Scottish Leaving Certificate Examination, 1956
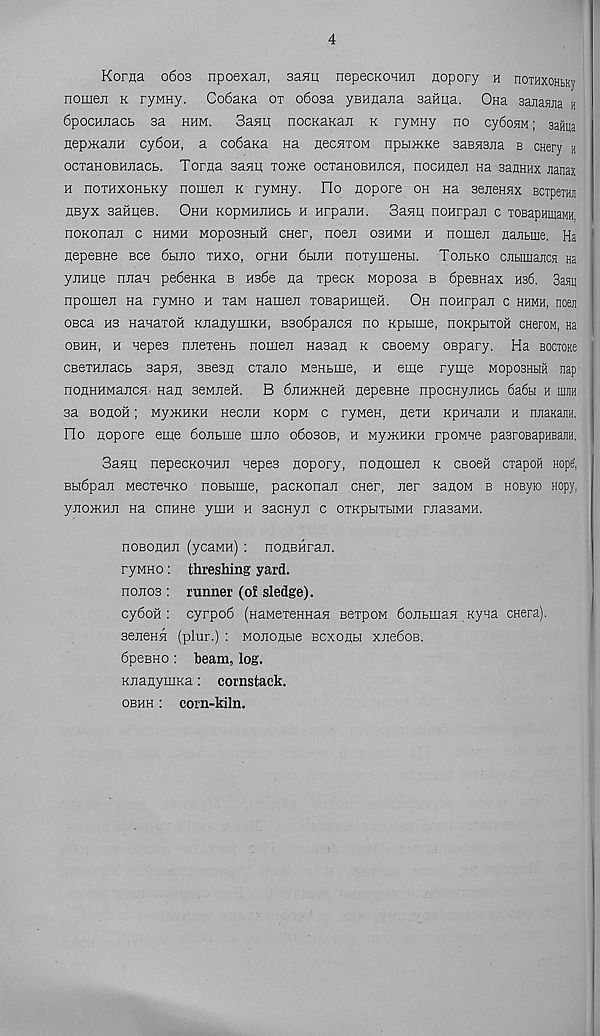
4
Korna 0603 npoexan, sanu nepecKOHHn nopory h noTHxoHtKy
nomeji k ryMHy. Co6aKa ot 0603a yBHnana aavma. Ona aanasina h
6pocHJiact sa hhm.
3asm; nocKaKaii k ryMHy no cy6o5iM; saiiiia
nepjKajin cy6oH, a co6aKa na necniOM npbi)KKe sasnsna b cHery «
ocxaHOBHjiacb. Torna 3asm tomco ocTaHOBHjicn, nocnneii na sanHHx jianax
h noxHXOHbKy nomen k ryMHy. Ho aopore oh na seneHax Bcxpem
HByx saHneB. Ohh kopmhjihcb h HrpanH. Sanu noHrpan c TOBapninaMH,
noKonan c hhmh MOposnuH oner, noen oshmh h nomen nantme. Ha
HepeBne bob 6hjio thxo, ophh 6hjih noxymeHLi. Tojibko cjibiniajicH Ha
yirHue nJian pe6eHKa b H36e na xpecx Moposa b 6peBHax H36. 3aaq
npomen na ryMHO h xaM Hainan xoBapHinen. Oh noHrpan c hhmh, noeii
OBca H3 HanaxoH KnanymKH, B3o6pancn no Kpbime, noKpuxoH cneroM, Ha
obhh, h napes nnexeHB nomen Hasan k CBoewy OBpary. Ha BociOKe
OBexHnacb sapn, sBesn cxano MSHbine, h eme ryme MoposHbiii nap
nonHHMancH nan seMneii. B 6nH)KHeH nepesHe npooHynHCb 6a6bi h mm
sa Bonoii; MyniHKH Hecnn KopM c rywaH, nexH KpHnanH h nnaKajiH.
Bo nopore eme 6onbme mno 06030B, h wymuKH rpoMne pasroBapHBaim.
Sann nepecKOHHn napes nopory, nonomen k cBoeg cxapofl Hope' ,
Bbi6pan MecxenKO noBbime, pacKonan oner, ner sanow b Hoeyio Hopy,
yno>KHn Ha cnHHe yniH h sacHyn c oxkphxhmh rnasaMH.
noBonHn (ycaMH) : nonBiiran.
ryMHO: threshing yard,
non03 : runner (of sledge).
cy6oH : cyrpo6 (HaMexennaH sexpoM 6onbman Kyna cnera).
seneHH (plur.) : Mononue Bcxonu xne6oB.
6peBH0: beam, log.
KnanyniKa: cornstaek.
obhh : corn-kiln.